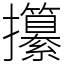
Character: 攥